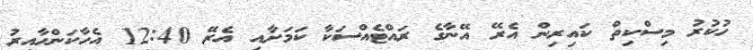
ހުކުރު މިސްކިތް ކައިރިން އެރޭ އޭނާގެ ރައްޓެއްސަކާ ކަމަށާއި އެރޭ 12:40 އެހާކަންހާއިރު